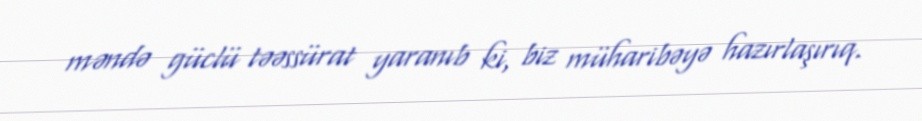
məndə güclü təəssürat yaranıb ki, biz müharibəyə hazırlaşırıq.